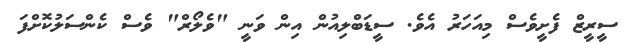
ސީރީޒް ފެށީވެސް މިއަހަރު އެވެ. ސީޑަބްލިއުން އިން ވަނީ "ވެލޯރް" ވެސް ކެންސަލުކޮށްފަ